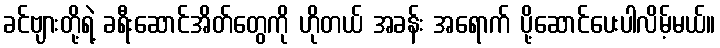
ခင်ဗျားတို့ရဲ့ ခရီးဆောင်အိတ်တွေကို ဟိုတယ် အခန်း အရောက် ပို့ဆောင်ပေးပါလိမ့်မယ်။